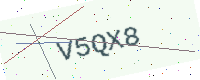
Text: V5QX8